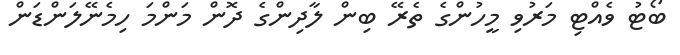
ބޯޓު ވެއްޓި މަރުވި މީހުންގެ ތެރޭ ބިން ލާދިންގެ ދޮން މަންމަ ހިމެނޭލަންޑަން